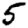
Digit: 5